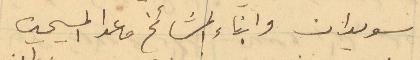
سويدان وابناء المشائخ ما عدا المسيحيين